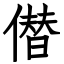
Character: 僣